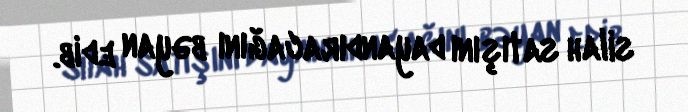
silah satışını dayandıracağını bəyan edib.